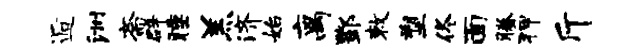
逅洲斋辟睡羔济始离酆敕塑佟面腾狎斤